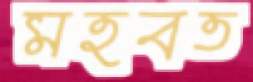
মহবত